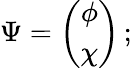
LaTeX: \Psi=\left(\begin{array}{cc}{{\phi}}\\ {{\chi}}\end{array}\right)\, ;